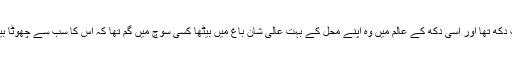
نیک دل بادشاہ کے حالات جان کر اسے بہت دکھ تھا اور اسی دکھ کے عالم میں وہ اپنے محل کے بہت عالی شان باغ میں بیٹھا کسی سوچ میں گم تھا کہ اس کا سب سے چھوٹا بیٹا اس کے پاس آیا اور کہنےلگا (جاری ہے)